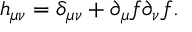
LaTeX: h _ { \mu \nu } = \delta _ { \mu \nu } + \partial _ { \mu } f \partial _ { \nu } f .